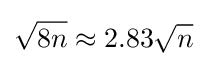
{\sqrt {8n}}\approx 2.83{\sqrt {n}}